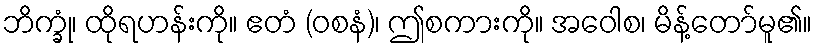
ဘိက္ခုံ၊ ထိုရဟန်းကို။ ဧတံ (ဝစနံ)၊ ဤစကားကို။ အဝေါစ၊ မိန့်တော်မူ၏။